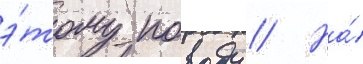
э́тому поводу // На́